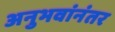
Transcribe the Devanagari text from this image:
अनुभवांनंतर